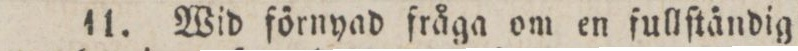
11. Wid förnyad fråga om en fullſtändig